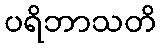
ပရိဘာသတိ